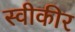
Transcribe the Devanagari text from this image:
स्वीकीर